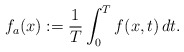
\begin{align*}f_a(x) := \dfrac{1}{T} \int_{0}^{T} f(x,t)\,dt.\end{align*}